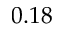
0 . 1 8